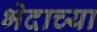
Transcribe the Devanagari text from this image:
भेदाच्या